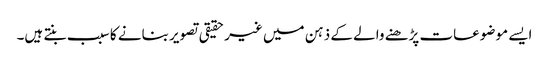
ایسے موضوعات پڑھنے والے کے ذہن میں غیر حقیقی تصویر بنانے کا سبب بنتے ہیں۔